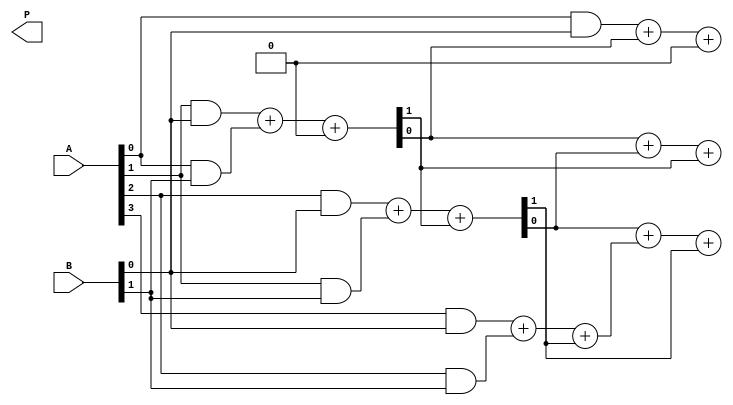
module wallace_tree_multiplier #(parameter N = 4) (
    input [N-1:0] A,
    input [N-1:0] B,
    output [2*N-1:0] P
);

    // Partial product generation
    wire [N-1:0] pp [N-1:0]; // Partial products
    genvar i, j;
    generate
        for (i = 0; i < N; i = i + 1) begin : partial_product
            for (j = 0; j < N; j = j + 1) begin : pp_gen
                assign pp[i][j] = A[i] & B[j];
            end
        end
    endgenerate

    // Wallace tree reduction
    wire [N-1:0] sum [N-1:0]; // Sums
    wire [N-1:0] carry [N-1:0]; // Carries
    wire [N-1:0] final_sum; // Final sum
    wire [N-1:0] final_carry; // Final carry

    // Stage 1: Combine partial products using half and full adders
    generate
        for (i = 0; i < N; i = i + 1) begin : stage1
            if (i == 0) begin
                assign sum[i][0] = pp[i][0];
                assign carry[i][0] = 1'b0;
            end else begin
                assign {carry[i][0], sum[i][0]} = pp[i][0] + pp[i-1][1] + carry[i-1][0];
                assign {carry[i][1], sum[i][1]} = pp[i][1] + pp[i-1][2] + carry[i-1][1];
            end
        end
    endgenerate

    // Stage 2: Continue reducing until only two bits remain
    // This is a simplified version, in practice, you would continue to reduce
    // until you have a manageable number of bits to add together.
    generate
        for (i = 0; i < N-1; i = i + 1) begin : stage2
            assign {final_carry[i], final_sum[i]} = sum[i][0] + sum[i+1][0] + carry[i][0];
        end
    endgenerate

    // Final addition
    assign P = {final_carry[N-2], final_sum[N-2], final_sum[N-3], final_sum[N-4], final_sum[N-5], final_sum[N-6], final_sum[N-7], final_sum[N-8]};

endmodule